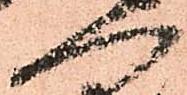
へ